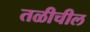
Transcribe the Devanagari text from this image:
तळीचील